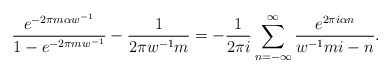
\begin{align*}\frac{e^{-2\pi m \alpha w^{-1}}}{ 1-e^{-2\pi m w^{-1}}} -\frac{1}{ 2 \pi w^{-1} m}= -\frac{1}{2 \pi i}\sum_{n=-\infty }^{\infty } \frac{e^{2\pi i \alpha n}}{w^{-1}mi -n}. \\ \end{align*}